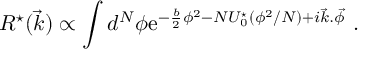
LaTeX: R ^ { \star } ( \vec { k } ) \propto \int d ^ { N } \phi \mathrm { e } ^ { - { \frac { b } { 2 } } \phi ^ { 2 } - N U _ { 0 } ^ { \star } ( \phi ^ { 2 } / N ) + i \vec { k } . \vec { \phi } } \ .